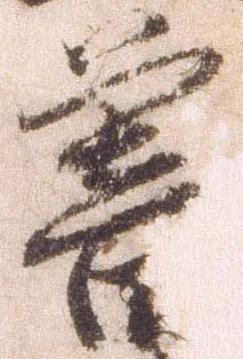
暮